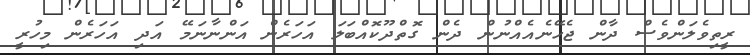
ރީތިވެލަންވެސް ދާން ޖެހޭނެއެއްނުން ދެން ގޮތްދޫކޮއްބަލަ އަހަރެން އަންނާނަމޭ އަދި އަހަރެން މިހުރީ